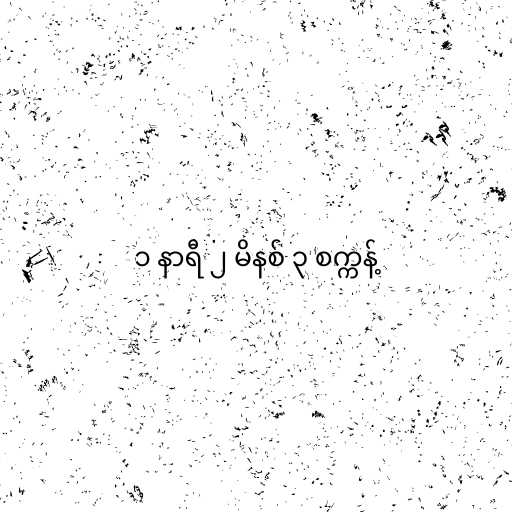
၁ နာရီ ၂ မိနစ် ၃ စက္ကန့်